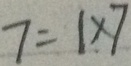
7 = 1 \times 7